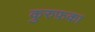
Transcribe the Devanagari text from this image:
कुरुफ़का